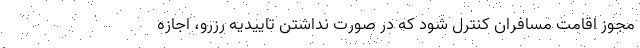
مجوز اقامت مسافران کنترل شود که در صورت نداشتن تاییدیه رزرو، اجازه